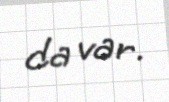
da var.